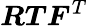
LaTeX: {\boldsymbol{R}}{\boldsymbol{T}}{\boldsymbol{F}}^{T}